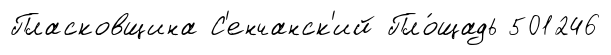
Пласковщина С'енчанск'ий Пло́щадь 501246